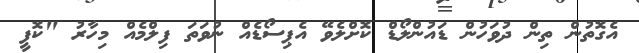
އެގޮތުން ތިން ދުވަހުން ޑައުންލޯޑް ކޮށްލެވޭ އެޕިސޯޑެއް ނުވަތަ ފިލްމެއް މިހާރު "ކޮފީ